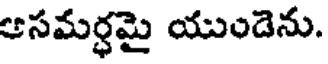
ఆసమర్ధమై యుండెను.